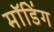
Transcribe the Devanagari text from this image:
मॉडिंग